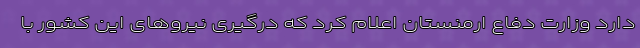
دارد وزارت دفاع ارمنستان اعلام کرد که درگیری نیروهای این کشور با